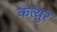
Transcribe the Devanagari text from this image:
कत्युर